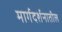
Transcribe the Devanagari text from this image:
मार्गदर्शनातील